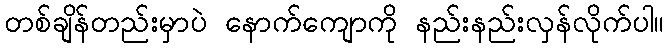
တစ်ချိန်တည်းမှာပဲ နောက်ကျောကို နည်းနည်းလှန်လိုက်ပါ။